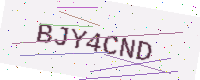
Text: BJY4CND